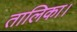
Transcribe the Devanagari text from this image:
तालिका।